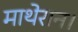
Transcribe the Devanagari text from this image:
माथेरान।